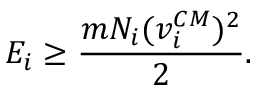
E _ { i } \ge \frac { m N _ { i } ( v _ { i } ^ { C M } ) ^ { 2 } } { 2 } .